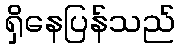
ရှိနေပြန်သည်